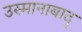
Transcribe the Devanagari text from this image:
उस्मानाबाद्